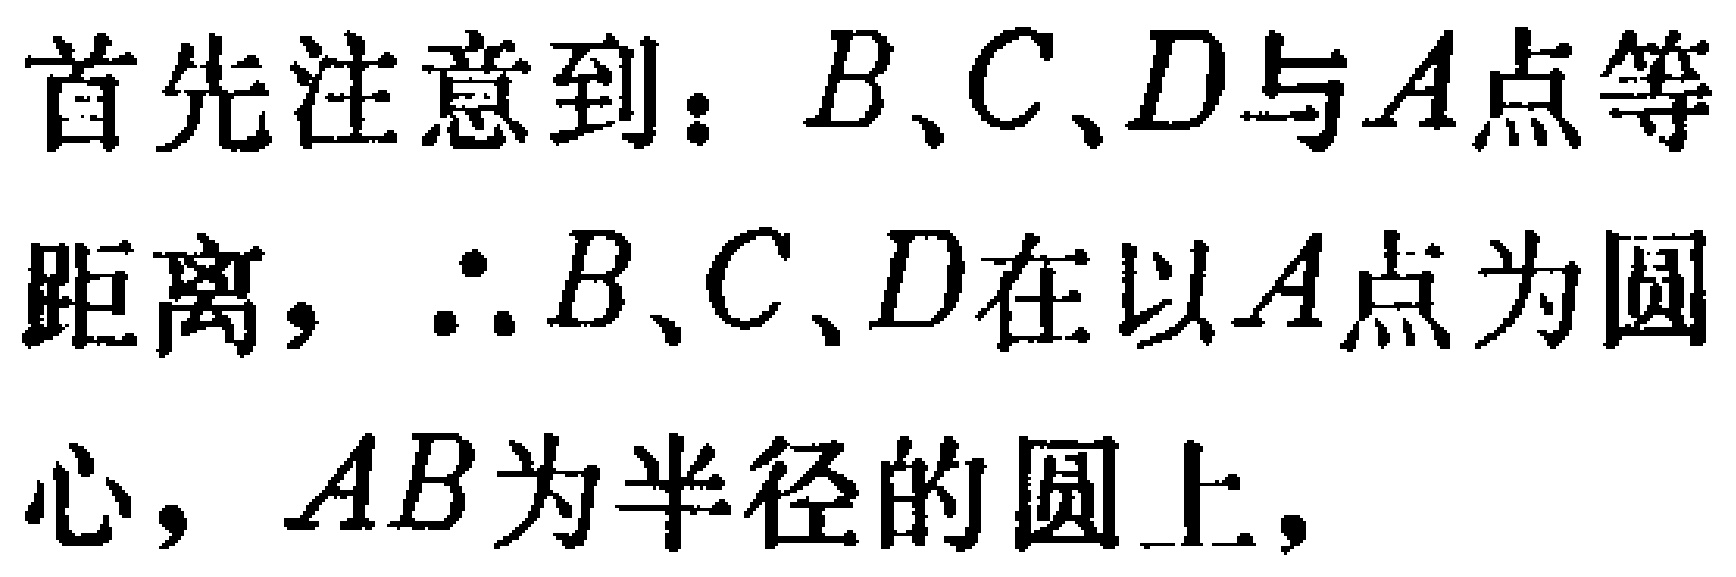
首先注意到：$B、C、D$与$A$点等距离，$\therefore B、C、D$在以$A$点为圆心，$AB$为半径的圆上，